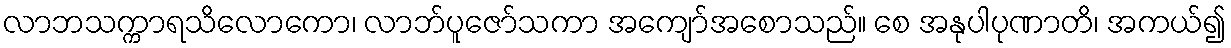
လာဘသက္ကာရသိလောကော၊ လာဘ်ပူဇော်သကာ အကျော်အစောသည်။ စေ အနုပါပုဏာတိ၊ အကယ်၍